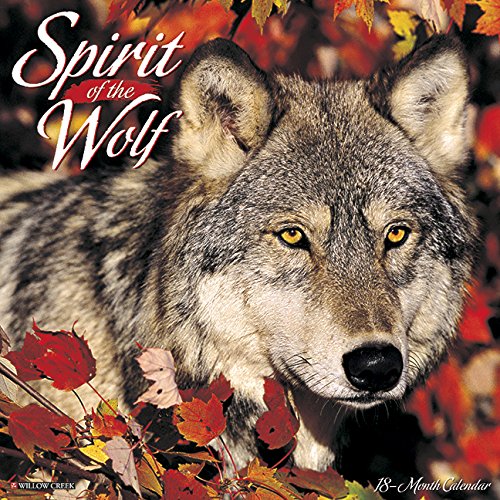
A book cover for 2016 Spirit of the Wolf Wall Calendar; Willow Creek Press; Calendars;